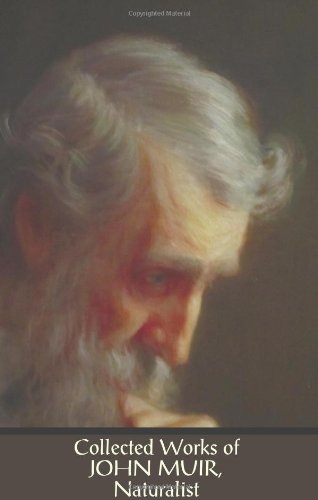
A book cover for Collected Works of John Muir, Naturalist (complete and unabridged), including: The Mountains of California (illustrated in B&W), Stickeen: The Story ... The Story of My Boyhood and Yo; John Muir; Science & Math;